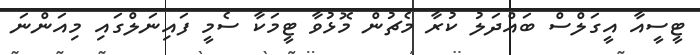
ޓީސީއާ އީގަލްސް ބައްދަލު ކުރާ މެޗުން މޮޅުވާ ޓީމަކާ ސެމީ ފައިނަލްގައި މިއަންނަ